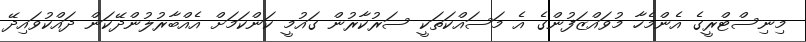
މިނިސްޓްރީގެ އެންމެހާ މުވައްޒަފުންގެ އެ މަސައްކަތަކީ ސަރުކާރުން ގައުމީ ކަންކަމަށް އެއްބާރުލުންދޭކަން ދައްކުވައިދޭ